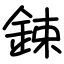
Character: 鋉